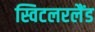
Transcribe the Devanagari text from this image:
स्विटलरलैंड